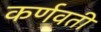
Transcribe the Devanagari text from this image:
कर्णवती